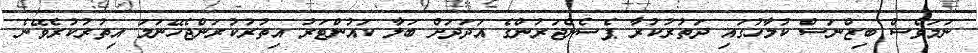
ނަމަވެސް ބިޒްނަސް ކުލާހުގައި ދަތުރުކުރާ ޕެސެންޖަރުންގެ އަދަދަށް ބަލާ ކައުންޓަރު އިތުރުކުރަންޖެހޭނަމަ އިތުރުކުރެވޭނެ